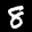
Label: 8